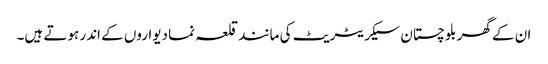
ان کے گھر بلوچستان سیکریٹریٹ کی مانند قلعہ نما دیواروں کے اندر ہوتے ہیں۔